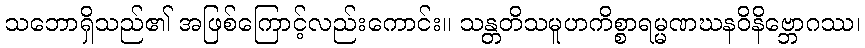
သဘောရှိသည်၏ အဖြစ်ကြောင့်လည်းကောင်း။ သန္တတိသမူဟကိစ္စာရမ္မဏဃနဝိနိဗ္ဘောဂဿ၊